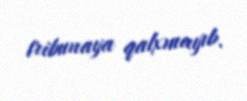
tribunaya qalxmayıb.